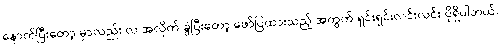
နောက်ပြီးတော့ မှာလည်း လ အလိုက် ခွဲပြီးတော့ ဖော်ပြထားသည့် အတွက် ရှင်းရှင်းလင်းလင်း ပိုရှိပါတယ်။